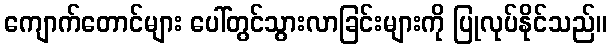
ကျောက်တောင်များ ပေါ်တွင်သွားလာခြင်းများကို ပြုလုပ်နိုင်သည်။